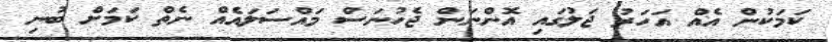
ކަމަކުން އެއް އަހަރު ޖަލުގައި އޮންނަން ޖެހުނަސް މައްސަލައެއް ނެތް ކަމަށް ބުނި